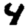
Digit: 4